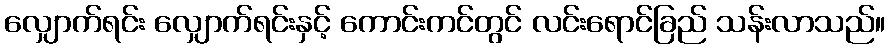
လျှောက်ရင်း လျှောက်ရင်းနှင့် ကောင်းကင်တွင် လင်းရောင်ခြည် သန်းလာသည်။